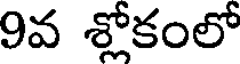
9వ శ్లోకంలో